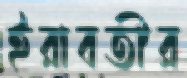
ইরাবতীর